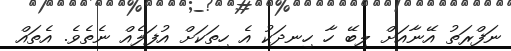
ނަފްރަތު އޭނާއަށް ލިބޭ ހާ ހިނދަކު އެ ހިތަކަށް އުފަލެއް ނެތެވެ. އެތައް